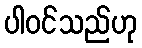
ပါဝင်သည်ဟု